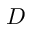
D